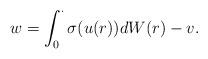
LaTeX: \begin{align*} w = \int_0^\cdot \sigma(u(r))dW(r) - v.\end{align*}